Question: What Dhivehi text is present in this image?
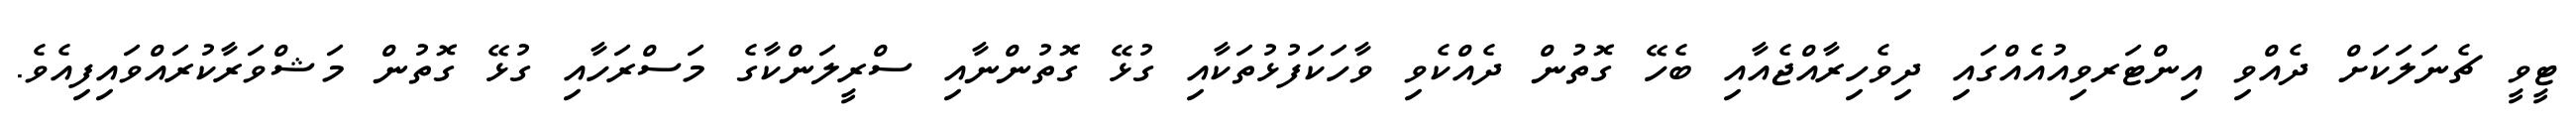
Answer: ޓީވީ ޗެނަލަކަށް ދެއްވި އިންޓަރވިއުއެއްގައި ދިވެހިރާއްޖެއާއި ބެހޭ ގޮތުން ދެއްކެވި ވާހަކަފުޅުތަކާއި ގުޅޭ ގޮތުންނާއި ސްރީލަންކާގެ މަސްރަހާއި ގުޅޭ ގޮތުން މަޝްވަރާކުރައްވައިފިއެވެ.